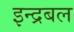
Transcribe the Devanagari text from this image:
इन्द्रबल